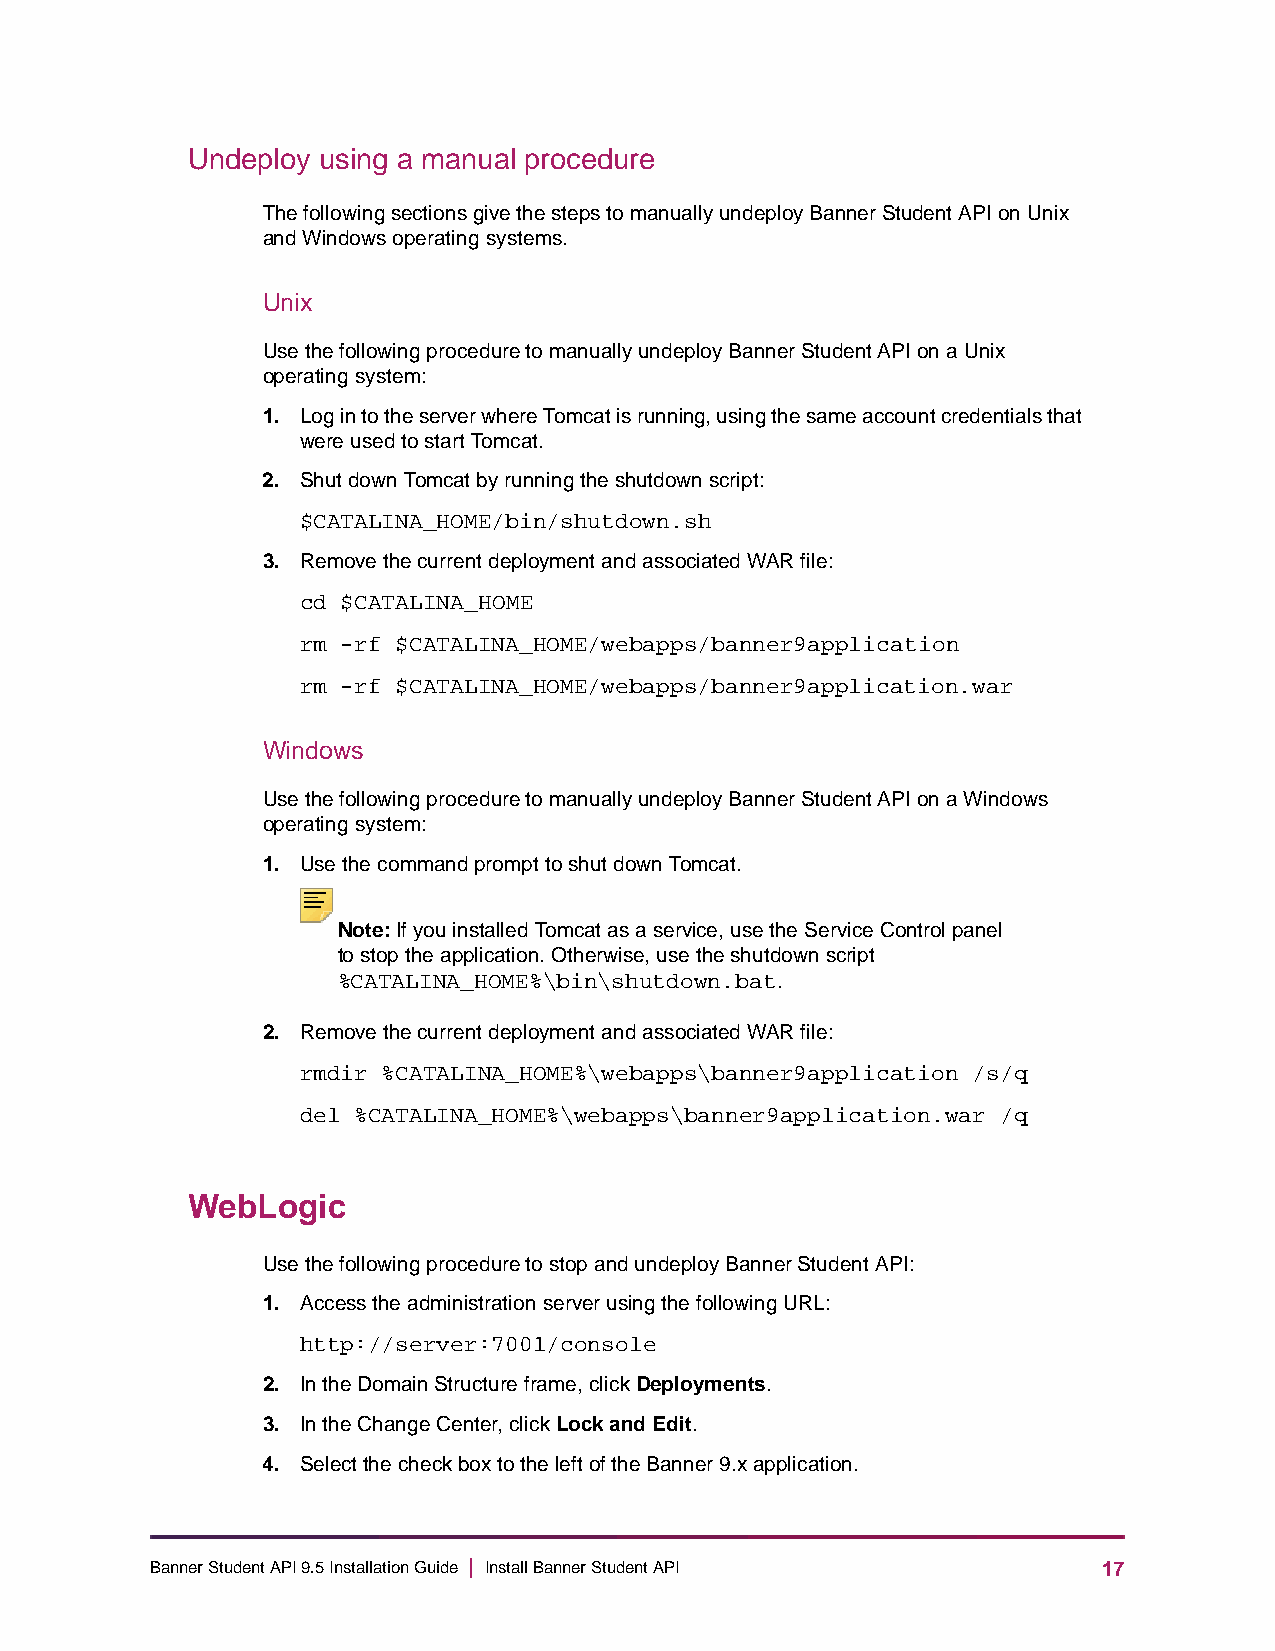
Undeploy using a manual procedure
 The following sections give the steps to manually undeploy Banner Student API on Unix
 and Windows operating systems.
 Unix
 Use the following procedure to manually undeploy Banner Student API on a Unix
 operating system:
 1. Log in to the server where Tomcat is running, using the same account credentials that
 were used to start Tomcat.
 2. Shut down Tomcat by running the shutdown script:
 $CATALINA_HOME/bin/shutdown.sh
 3. Remove the current deployment and associated WAR file:
 cd $CATALINA_HOME
 rm -rf $CATALINA_HOME/webapps/banner9application
 rm -rf $CATALINA_HOME/webapps/banner9application.war
 Windows
 Use the following procedure to manually undeploy Banner Student API on a Windows
 operating system:
 1. Use the command prompt to shut down Tomcat.
 Note: If you installed Tomcat as a service, use the Service Control panel
 to stop the application. Otherwise, use the shutdown script
 %CATALINA_HOME%\bin\shutdown.bat.
 2. Remove the current deployment and associated WAR file:
 rmdir %CATALINA_HOME%\webapps\banner9application /s/q
 del %CATALINA_HOME%\webapps\banner9application.war /q
 WebLogic
 Use the following procedure to stop and undeploy Banner Student API:
 1. Access the administration server using the following URL:
 http://server:7001/console
 2. In the Domain Structure frame, click Deployments.
 3. In the Change Center, click Lock and Edit.
 4. Select the check box to the left of the Banner 9.x application.
 Banner Student API 9.5 Installation Guide | Install Banner Student API 17